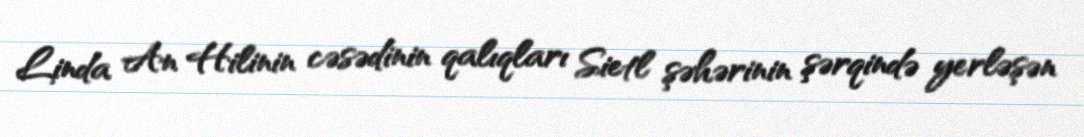
Linda An Hilinin cəsədinin qalıqları Sietl şəhərinin şərqində yerləşən